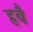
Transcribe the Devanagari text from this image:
हबै